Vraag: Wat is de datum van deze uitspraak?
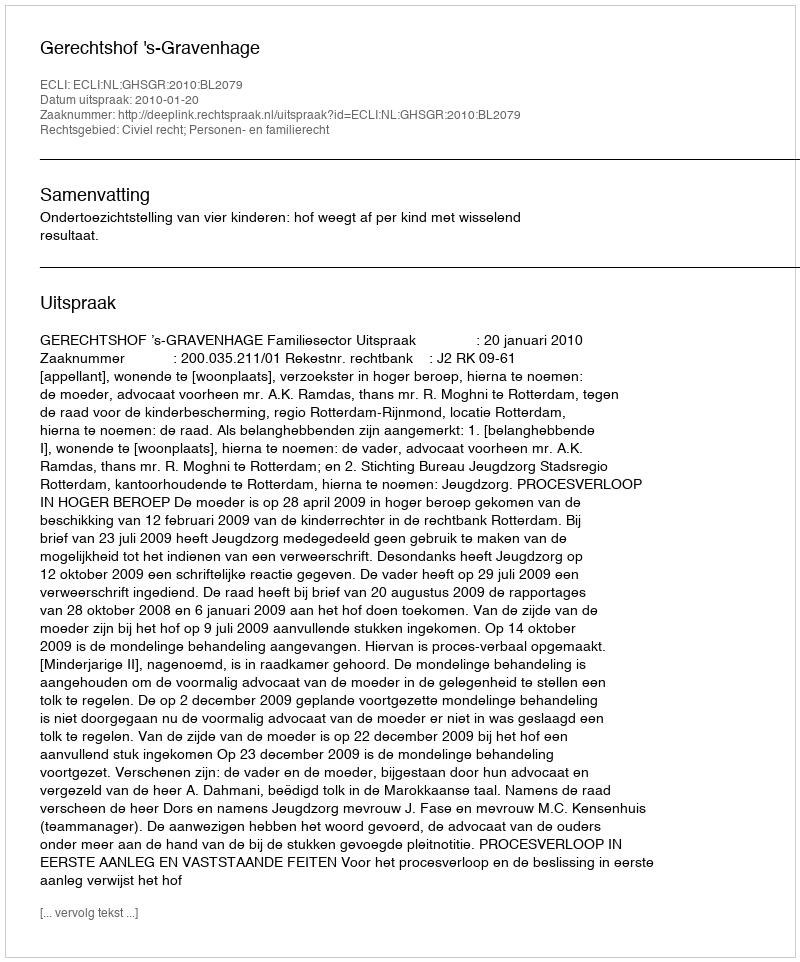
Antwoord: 2010-01-20